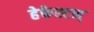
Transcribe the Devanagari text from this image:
हेफेस्टस्‌